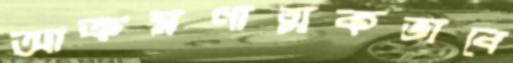
আক্রমণাত্মকভাবে